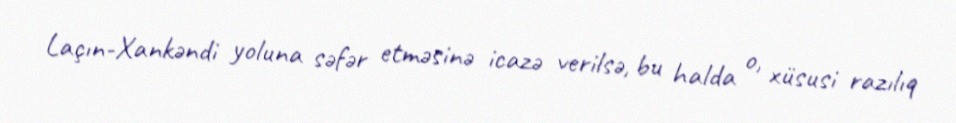
Laçın-Xankəndi yoluna səfər etməsinə icazə verilsə, bu halda o, xüsusi razılıq